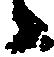
々